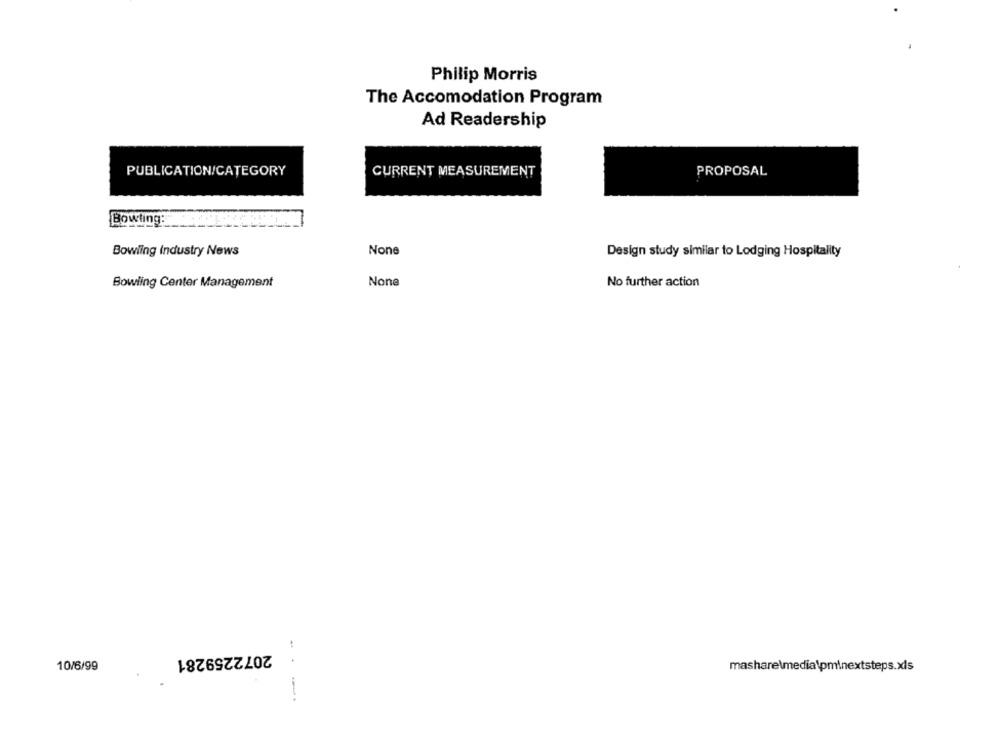
Philip Morris
The Accomodation Program
Ad Readership
PROPOSAL
PUBLICATION/CATEGORY
CURRENT MEASUREMENT
Bowling:
Bowling Industry News
Design study similar to Lodging Hospitality
Bowling Center Management
No further action
2072259281
10/6/99
mashare\media\pminextsteps.xls